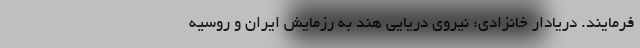
فرمایند. دریادار خانزادی: نیروی دریایی هند به رزمایش ایران و روسیه